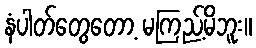
နံပါတ်တွေတော့ မကြည့်မိဘူး။